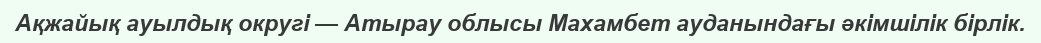
Ақжайық ауылдық округі — Атырау облысы Махамбет ауданындағы әкімшілік бірлік.